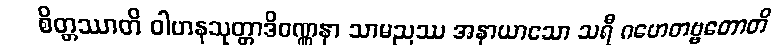
စိတ္တဿာတိ ဝါဟနသုတ္တာဒိဝဏ္ဏနာ သာမညဿ အနာယာသော သရီ ဂဟေတဗ္ဗတောတိ